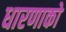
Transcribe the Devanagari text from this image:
धारणाको